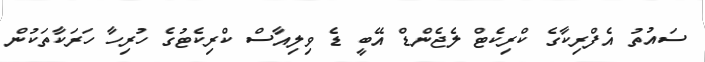
ސައުތު އެފްރިކާގެ ކްރިކެޓް ލެޖެންޑް އޭބީ ޑެ ވިލިއާސް ކްރިކެޓުގެ ހުރިހާ ހަރަކާތަކުން